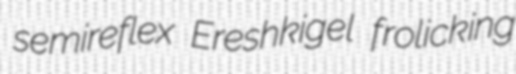
semireflex Ereshkigel frolicking